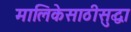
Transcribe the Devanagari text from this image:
मालिकेसाठीसुद्धा